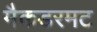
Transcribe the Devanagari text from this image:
मैकडरमट